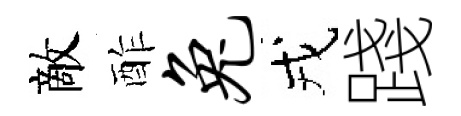
敵酢兔戎踐